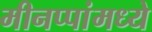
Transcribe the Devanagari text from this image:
मीनप्पांमध्ये